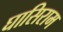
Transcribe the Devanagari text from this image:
घासिराम